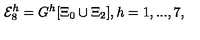
{ \cal E } _ { 8 } ^ { h } = G ^ { h } [ \Xi _ { 0 } \cup \Xi _ { 2 } ] , h = 1 , . . . , 7 ,